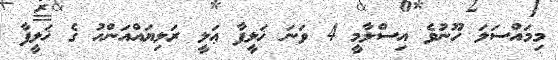
މިމައްސަލަ ހޫނުވެ އިސްލާމީ 4 ވަނަ ޚަލީފާ ޢަލީ ރަލިޔައްއަންޙު ގެ ޚަލީފާ